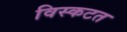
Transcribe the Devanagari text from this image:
विस्कटत